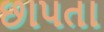
છાપતા